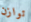
توازن